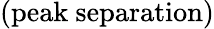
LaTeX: (\mathrm{peak\ separation})